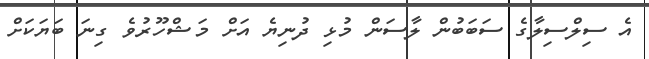
އެ ސިލްސިލާގެ ސަބަބުން ލާސަން މުޅި ދުނިޔެ އަށް މަޝްހޫރުވެ ގިނަ ބަޔަކަށް